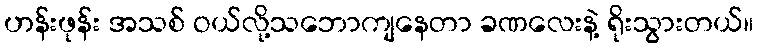
ဟန်းဖုန်း အသစ် ဝယ်လို့သဘောကျနေတာ ခဏလေးနဲ့ ရိုးသွားတယ်။